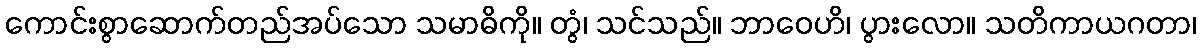
ကောင်းစွာဆောက်တည်အပ်သော သမာဓိကို။ တွံ၊ သင်သည်။ ဘာဝေဟိ၊ ပွားလော။ သတိကာယဂတာ၊